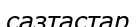
сазтастар